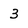
Character: 3